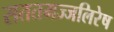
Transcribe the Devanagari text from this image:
सततमज्जलिरेष